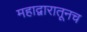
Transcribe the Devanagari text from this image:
महाद्वारातूनच